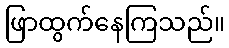
ဖြာထွက်နေကြသည်။